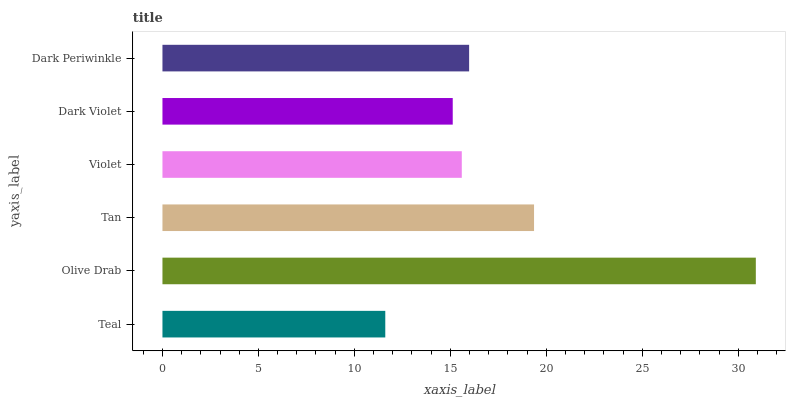
| yaxis_label | bars |
 | --- | --- |
 | Teal | 11.6 |
 | Olive Drab | 30.9 |
 | Tan | 19.4 |
 | Violet | 15.6 |
 | Dark Violet | 15.1 |
 | Dark Periwinkle | 16 |